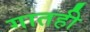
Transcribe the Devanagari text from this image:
गातही